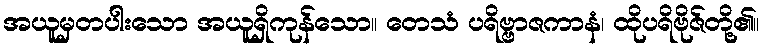
အယူမှတပါးသော အယူရှိကုန်သော။ တေသံ ပရိဗ္ဗာဇကာနံ၊ ထိုပရိဗိုဇ်တို့၏။